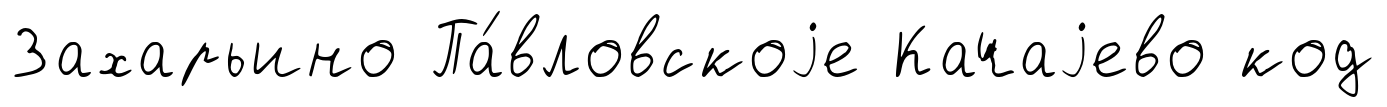
Захарьино Па́вловскоjе Качаjево код